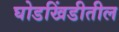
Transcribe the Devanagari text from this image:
घोडखिंडीतील